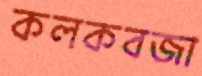
কলকবজা